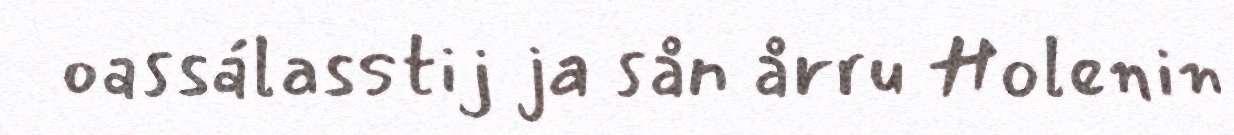
oassálasstij ja sån årru Holenin